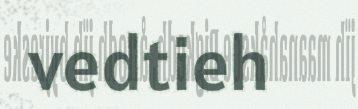
vedtieh